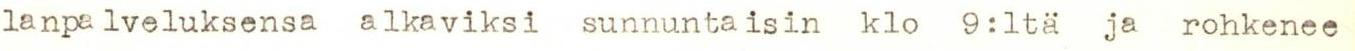
lanpalveluksensa alkaviksi sunnuntaisin klo 9:ltä ja rohkenee